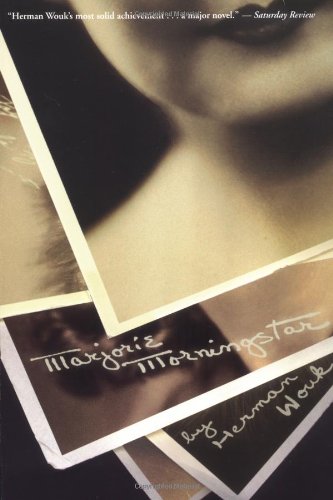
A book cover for Marjorie Morningstar; Herman Wouk; Literature & Fiction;